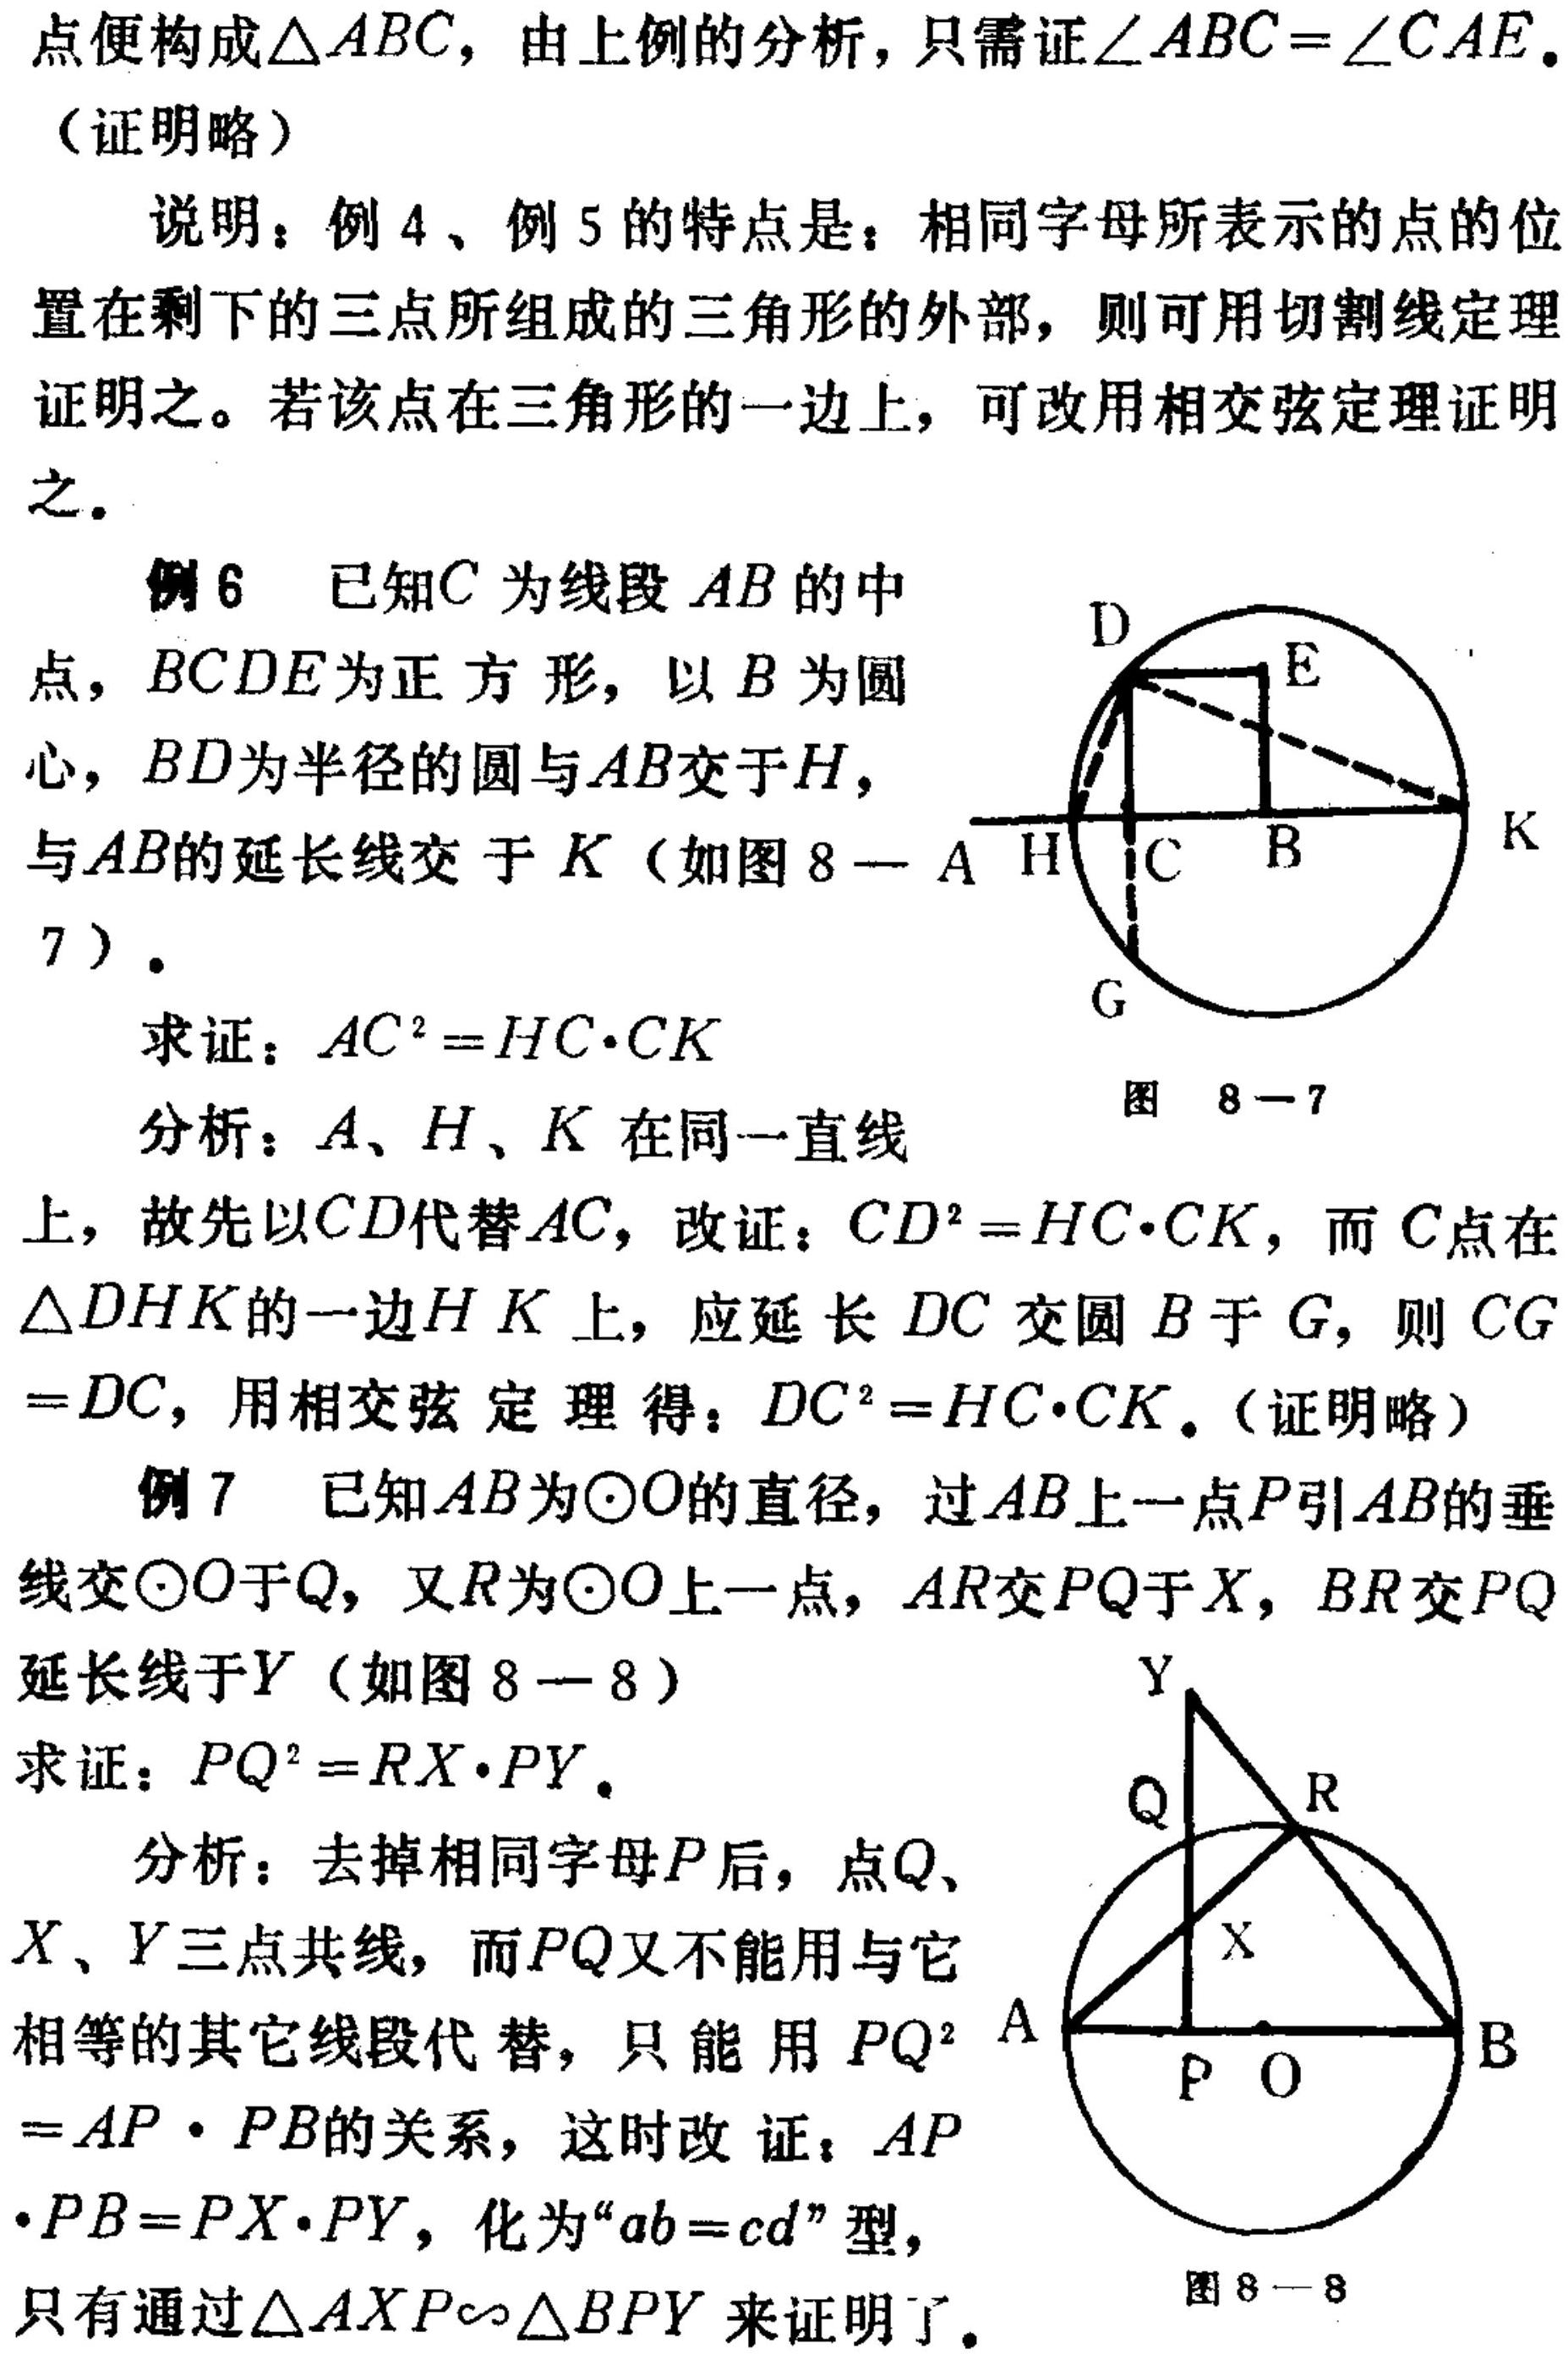
点便构成\(\triangle ABC\)，由上例的分析，只需证\(\angle ABC=\angle CAE\).
（证明略）
说明：例4、例5的特点是：相同字母所表示的点的位
置在剩下的三点所组成的三角形的外部，则可用切割线定理
证明之。若该点在三角形的一边上，可改用相交弦定理证明
之.
例6 已知\(C\)为线段\(AB\)的中
点，\(BCDE\)为正方形，以\(B\)为圆
心，\(BD\)为半径的圆与\(AB\)交于\(H\)，
与\(AB\)的延长线交于\(K\)（如图8 -
7）.
求证：\(AC^{2}=HC\cdot CK\)
分析：\(A、H、K\)在同一直线
上，故先以\(CD\)代替\(AC\)，改证：\(CD^{2}=HC\cdot CK\)，而\(C\)点在
\(\triangle DHK\)的一边\(HK\)上，应延长\(DC\)交圆\(B\)于\(G\)，则\(CG\)
\(=DC\)，用相交弦定理得：\(DC^{2}=HC\cdot CK\).（证明略）
例7 已知\(AB\)为\(\odot O\)的直径，过\(AB\)上一点\(P\)引\(AB\)的垂
线交\(\odot O\)于\(Q\)，又\(R\)为\(\odot O\)上一点，\(AR\)交\(PQ\)于\(X\)，\(BR\)交\(PQ\)
延长线于\(Y\)（如图8 - 8）
求证：\(PQ^{2}=RX\cdot PY\).
分析：去掉相同字母\(P\)后，点\(Q、\)
\(X、Y\)三点共线，而\(PQ\)又不能用与它
相等的其它线段代替，只能用\(PQ^{2}\)
\(=AP\cdot PB\)的关系，这时改证：\(AP\)
\(\cdot PB=PX\cdot PY\)，化为“\(ab = cd\)”型，
只有通过\(\triangle AXP\sim\triangle BPY\)来证明了. 图8 - 8
图8 - 7